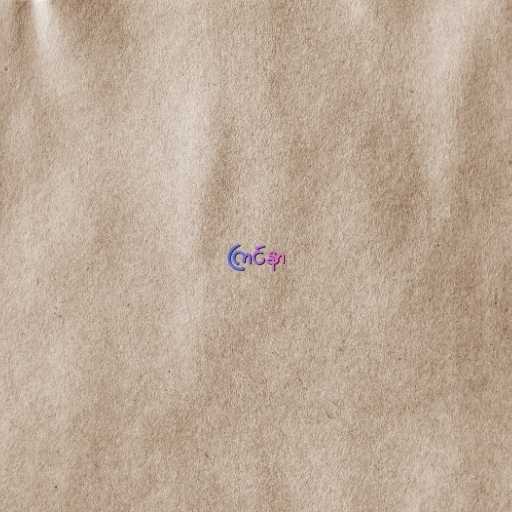
ကြင်နာ